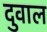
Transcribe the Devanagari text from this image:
दुवाल